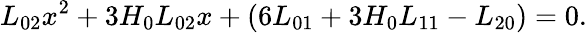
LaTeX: L_{02}x^{2}+3H_{0}L_{02}x+(6L_{01}+3H_{0}L_{11}-L_{20})=0.